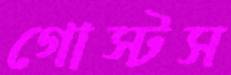
গোস্টস